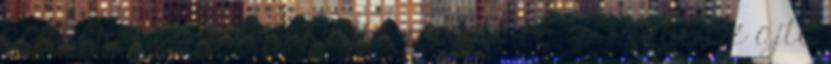
közben mesélek. mondja, majd meg is indul az ajtó